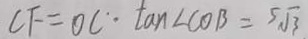
C F = O C \cdot \tan \angle C O B = 5 \sqrt { 3 }